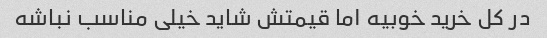
در کل خرید خوبیه اما قیمتش شاید خیلی مناسب نباشه